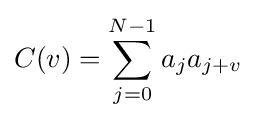
C(v)=\sum _{j=0}^{N-1}a_{j}a_{j+v}